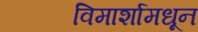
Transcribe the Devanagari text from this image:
विमार्शामधून